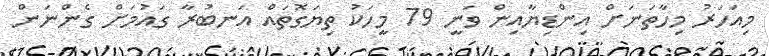
މިއަހަރު މިހާތަނަށް އިންޑިޔާއިން ވަނީ 79 މީހަކު ތިޔަގޮތައް އަނބުރާ ގައުމަށް ގެންނަން